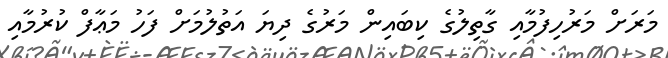
މަރަށް މަރުހިފުމާއި ގާތިލުގެ ކިބައިން މަރުގެ ދިޔަ އަތުލުމަށް ފަހު މަޢާފް ކުރުމާއި